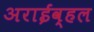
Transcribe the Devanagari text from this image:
अराईव्हल